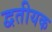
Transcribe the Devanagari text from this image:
द्वतीयक